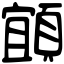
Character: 𩓧